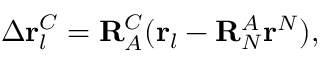
\Delta \mathbf { r } _ { l } ^ { C } = \mathbf { R } _ { A } ^ { C } ( \mathbf { r } _ { l } - \mathbf { R } _ { N } ^ { A } \mathbf { r } ^ { N } ) ,